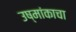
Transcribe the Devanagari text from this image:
उष्मांकाचा